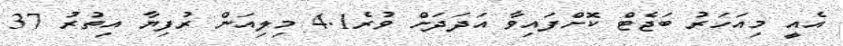
އެއީ މިއަހަރު ބަޖެޓް ކޮށްފައިވާ އަދަދަށް ވުރެ4.1 މިލިއަން ރުފިޔާ އިތުރު 37